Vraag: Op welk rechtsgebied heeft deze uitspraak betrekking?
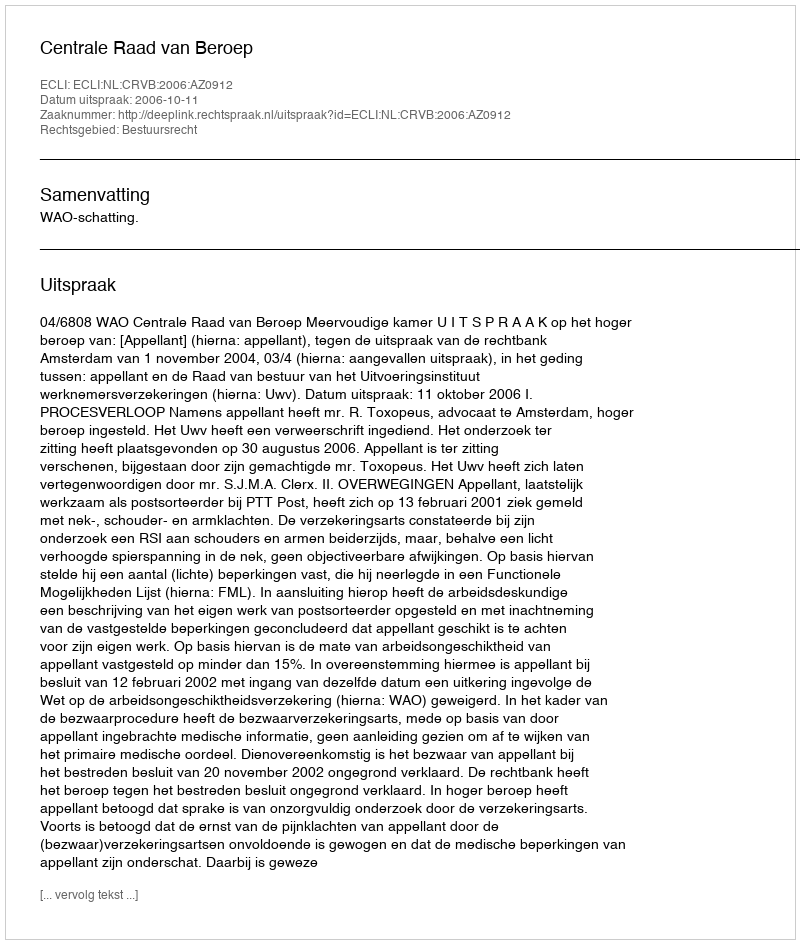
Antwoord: Bestuursrecht